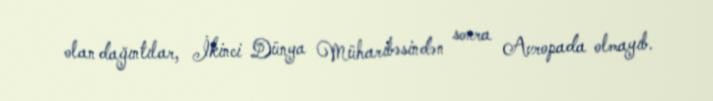
olan dağıntılar, İkinci Dünya Müharibəsindən sonra Avropada olmayıb.